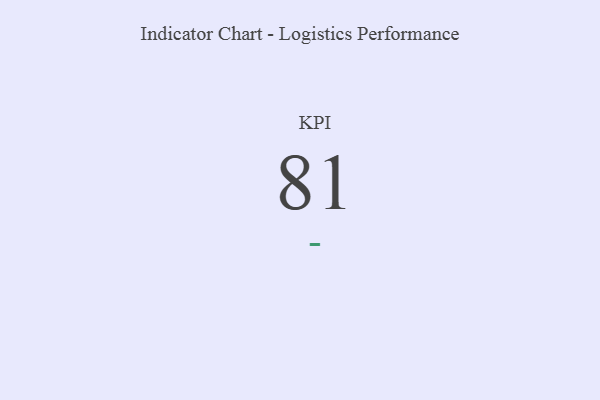
{"axis": {"x": "KPI", "y": "Value"}, "legend": [""], "data": [{"x": "KPI", "y": 81, "type": ""}]}